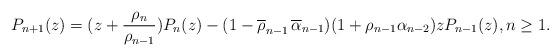
LaTeX: \begin{align*} P_{n+1} (z) = (z + \frac{\rho_{n}}{\rho_{n-1}}) P_{n} (z) - (1 - \overline{\rho}_{n-1}\,\overline{ \alpha}_{n-1})(1 + \rho_{n-1} \alpha_{n-2}) z P_{n-1} (z), n\geq 1.\end{align*}